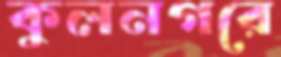
কুলনগরে